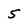
Character: 5